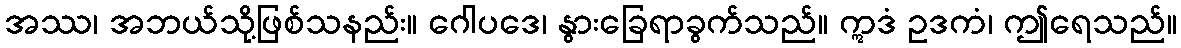
အဿ၊ အဘယ်သို့ဖြစ်သနည်း။ ဂေါပဒေ၊ နွားခြေရာခွက်သည်။ ဣဒံ ဥဒကံ၊ ဤရေသည်။